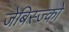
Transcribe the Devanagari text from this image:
जेबिस्ज्को